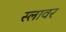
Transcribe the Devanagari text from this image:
स्लावर